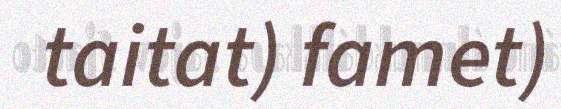
taitat) famet)